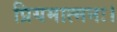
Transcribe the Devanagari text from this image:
प्रियमात्मनः।